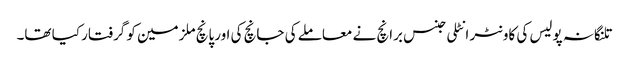
تلنگانہ پولیس کی کاونٹر انٹلی جنس برانچ نے معاملے کی جانچ کی اورپانچ ملزمین کو گرفتار کیا تھا۔